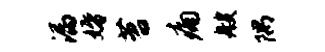
漏婚苕痛艘隅